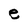
Character: e